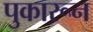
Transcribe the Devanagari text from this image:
पुकारून